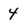
Character: 4